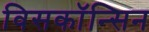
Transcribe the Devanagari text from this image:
विसकॉन्सिन